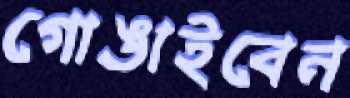
গোঙাইবেন